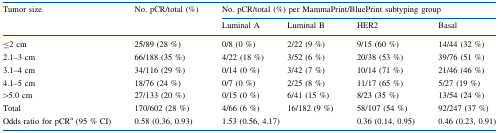
| <ROWSPAN=2> Tumor size | <ROWSPAN=2> No. pCR/total (%) | <COLSPAN=4> No. pCR/total (%) per MammaPrint/BluePrint subtyping group |
 | Luminal A | Luminal B | HER2 | Basal |
 | --- | --- | --- | --- | --- | --- |
 | ≤2 cm | 25/89 (28 %) | 0/8 (0 %) | 2/22 (9 %) | 9/15 (60 %) | 14/44 (32 %) |
 | 2.1–3 cm | 66/188 (35 %) | 4/22 (18 %) | 3/52 (6 %) | 20/38 (53 %) | 39/76 (51 %) |
 | 3.1–4 cm | 34/116 (29 %) | 0/14 (0 %) | 3/42 (7 %) | 10/14 (71 %) | 21/46 (46 %) |
 | 4.1–5 cm | 18/76 (24 %) | 0/7 (0 %) | 2/25 (8 %) | 11/17 (65 %) | 5/27 (19 %) |
 | >5.0 cm | 27/133 (20 %) | 0/15 (0 %) | 6/41 (15 %) | 8/23 (35 %) | 13/54 (24 %) |
 | Total | 170/602 (28 %) | 4/66 (6 %) | 16/182 (9 %) | 58/107 (54 %) | 92/247 (37 %) |
 | Odds ratio for pCRa (95 % CI) | 0.58 (0.36, 0.93) | <COLSPAN=2> 1.53 (0.56, 4.17) | 0.36 (0.14, 0.95) | 0.46 (0.23, 0.91) |